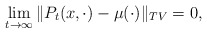
\begin{align*}\lim_{t \to \infty} \|P_t(x, \cdot) - \mu(\cdot) \|_{TV} = 0,\end{align*}